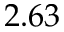
2 . 6 3